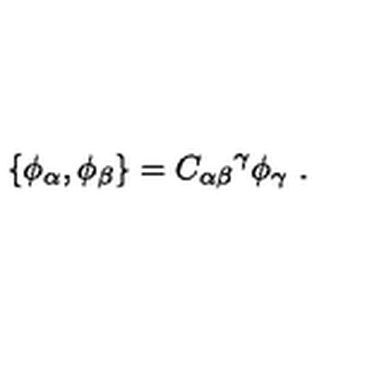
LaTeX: \{ \phi _ { \alpha } , \phi _ { \beta } \} = { C _ { \alpha \beta } } ^ { \gamma } \phi _ { \gamma } \ .